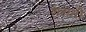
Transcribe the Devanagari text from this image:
रायती